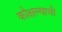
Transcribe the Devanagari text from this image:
कौक्षल्याची